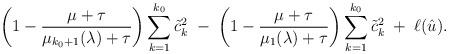
LaTeX: \begin{align*}\left( 1 - \frac{\mu+\tau}{ \mu_{k_0+1}(\lambda) + \tau} \right) \sum_{k=1}^{k_0} \tilde{c}_k^2 \; - \; \left( 1 - \frac{\mu+\tau}{ \mu_1(\lambda) + \tau} \right) \sum_{k=1}^{k_0} \tilde{c}_k^2 \; + \; \ell(\hat{u}).\end{align*}